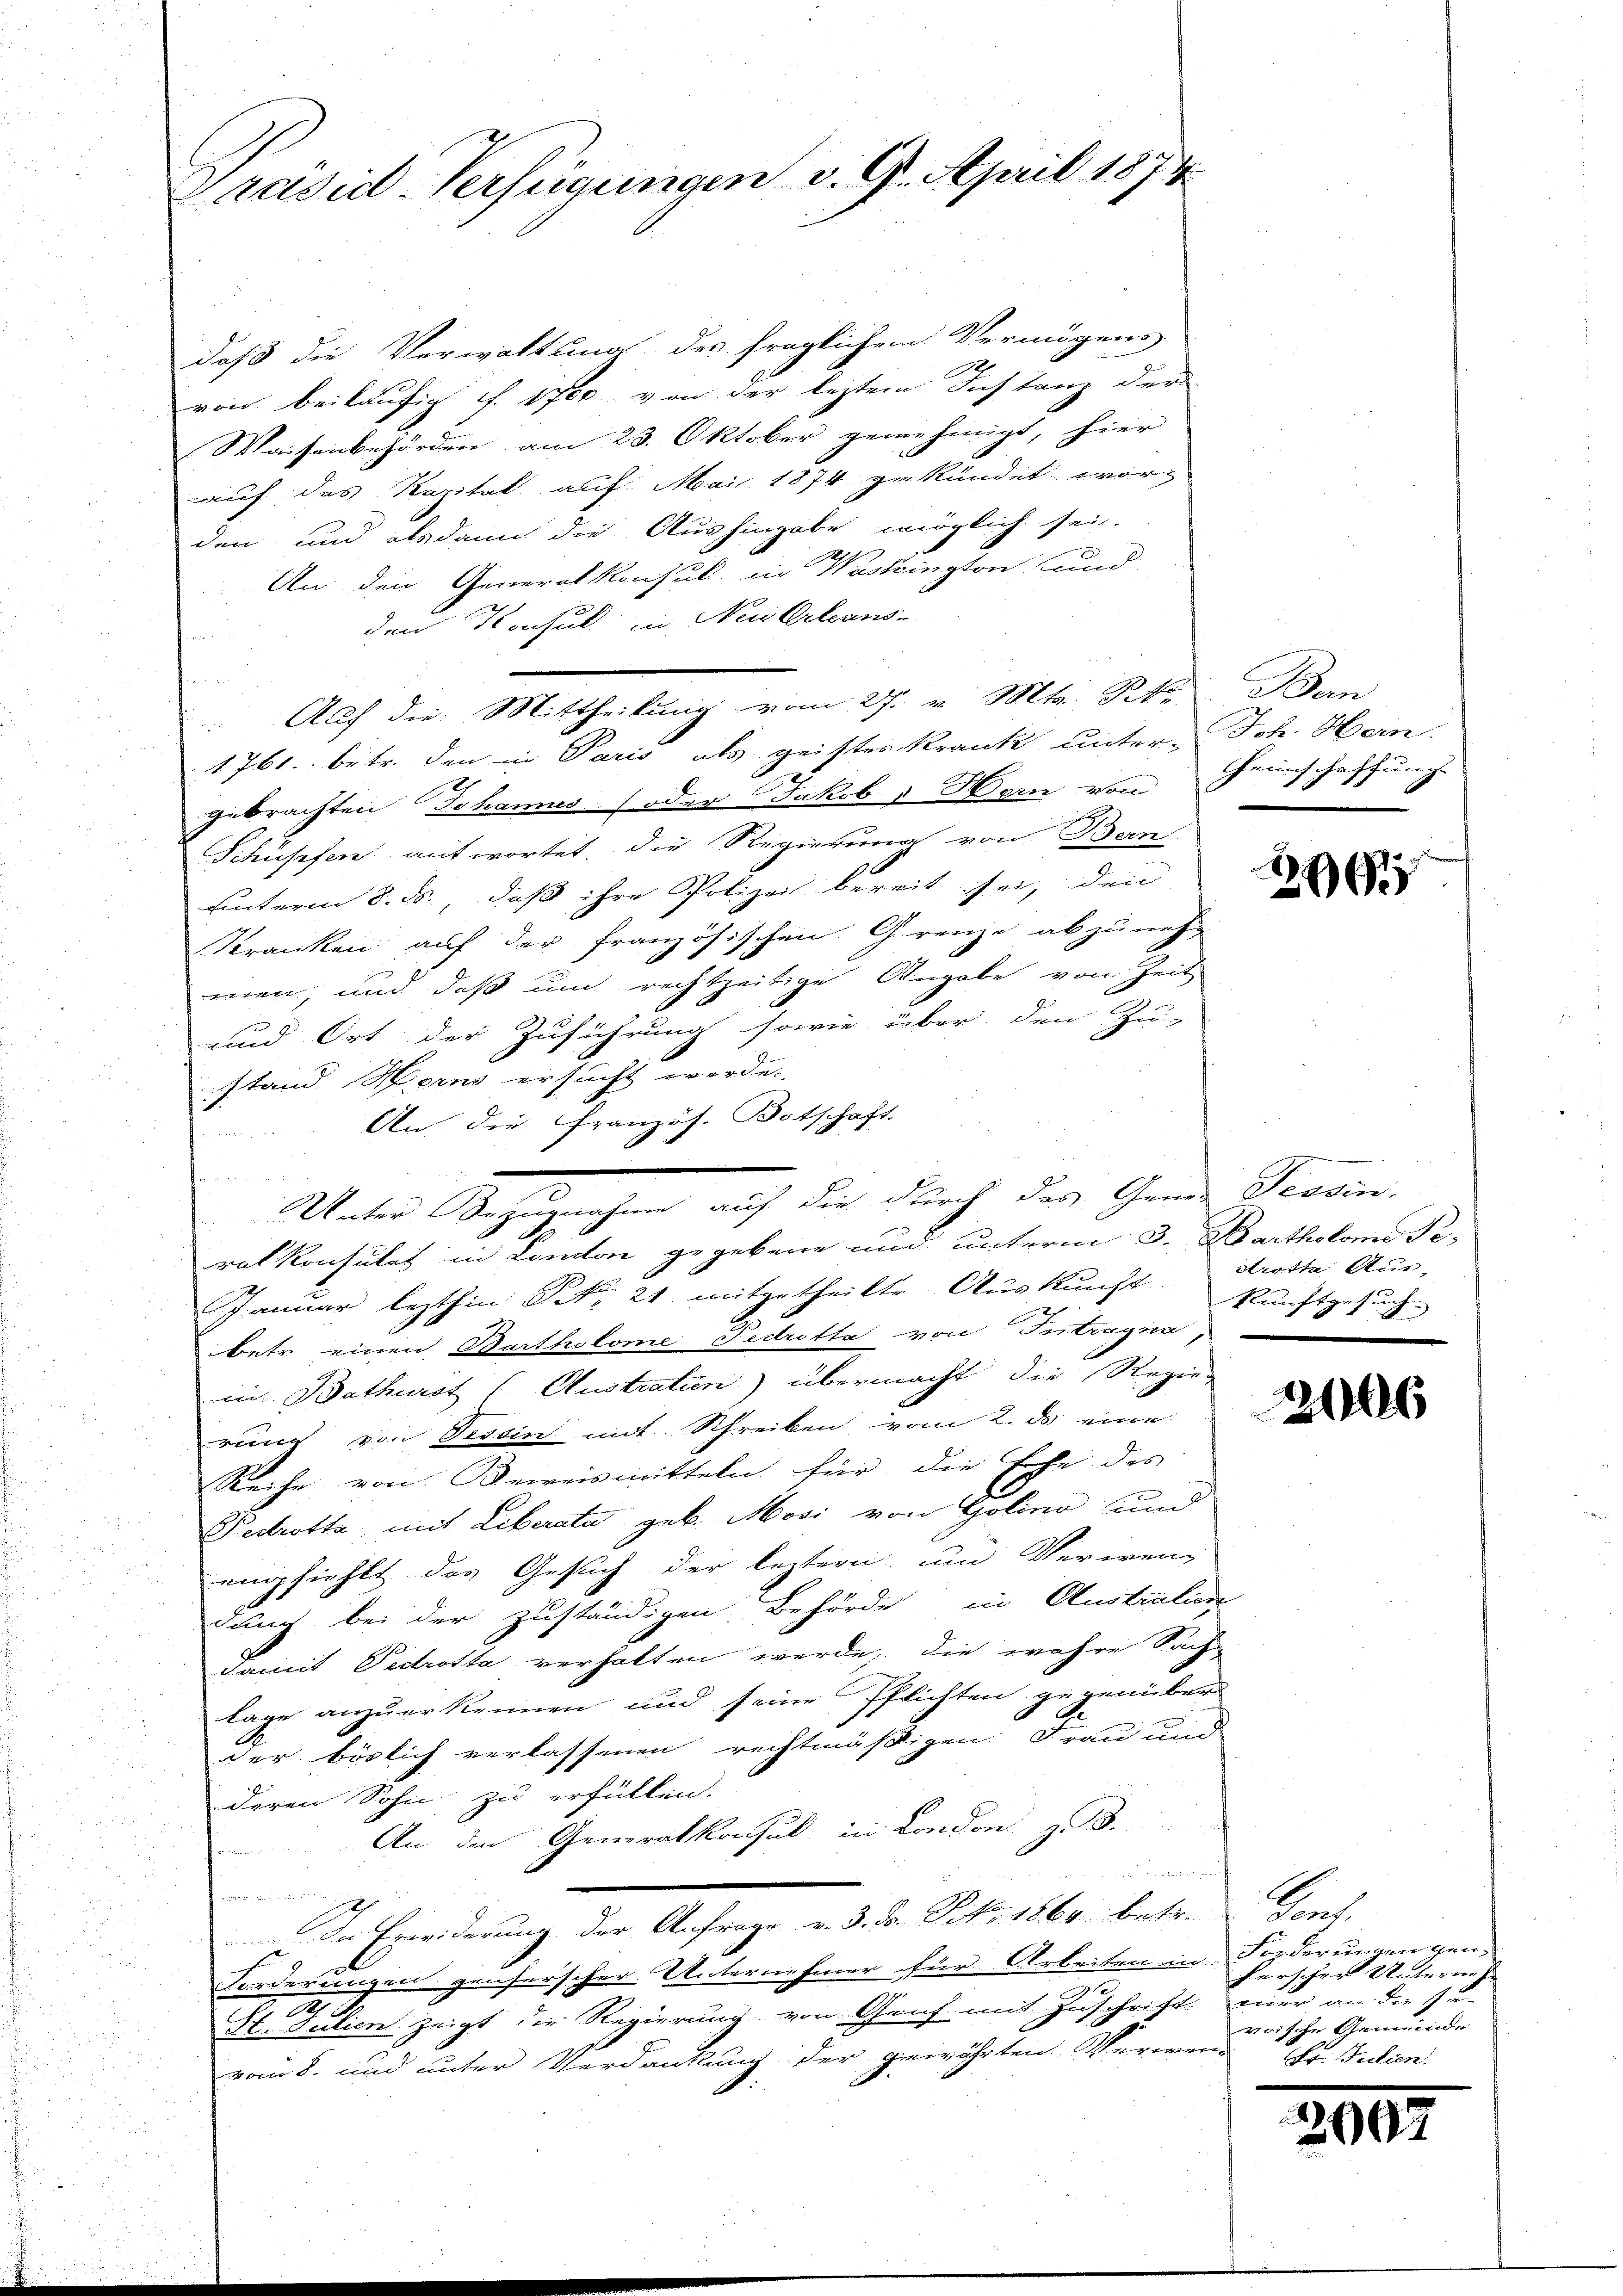
Präsid-Verfügungen v. 9. April 1874

daß die Verwaltung der fraglichen Vermögens
E
von beiläufig f. 1780 von der leztem Instanz der
Waisenbehörden am 23. Oktober genehmigt, hier
auf das Kapital auf Mai 1874 gekündet worden und alsdann die Aushingabe möglich sei.
An den Generalkonsul in Washington, und
den Konsul in Neu Orleans
Auf die Mittheilung vom 27. v. Mts. St. Ban
1761. betr. den in Paris als geistes Krank unter- Joh. Hein-
gebrachten Johannes (oder Jakob & Hern von Heinschaffung
Schüssen antwortet, die Regierung von Bern
unterm 8. ds. daß ihre Polizei bereit sei, den
Kranken auf der französischen Grenze, abzuneh-
men, und daß um rechtzeitige Angabe von Zeit
und Ort der Zuführung sowie über den Zu-
stand Horns ersucht werde.
An die Französ. Botschaft.
s
Unter Bezugehen, auf die durch der Gener Tessin
ralkonsulat in London gegebene und unterm 3. Bartholoms Pe¬
Januar lezthin Nr. 21 mitgetheilte Aŭskŭnft Kunstgesuch-
betr. einen Dartholome Fedretta von Intragna
in Bothurst (Austration) übermacht die Regier
rung von Tessin mit Schreiben vom 2. ds eine
Reihe von Beweismitteln für die Eche des
Bedrotta mit Liberata geb. Mori von Golina und
empfiehlt das Gesuch der leztern, und Verwendung bei der zuständigen Behörde in Australien
damit Pedrotta verhalten werde, die wahre Sache
lage anzuerkennen und seine Pflichten gegenüber
J.
der böslich verlassenen rechtmäßigen Frau und
deren Sohn zu erfüllen.
An den Generalkonsul in London zu 3.

un

In Erwiderung der Anfrage v. 3. ds. Pro. 1864 betr.
Forderungen genherscher Unternehmer für Arbeiten in Forderungen gen.
9
Fl. Julien zeigt die Regierung von Genf mit Zuschrift nur an die sa-
vom 8. und unter Verdankung der gewährten Verwen-

26

srotta Aus-
1.

26

Kan
herscher Unternehvoische Gemeinde
Fr. Julien.

A
2007